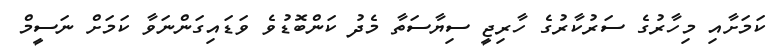
ކަމަށާއި މިހާރުގެ ސަރުކާރުގެ ހާރިޖީ ސިޔާސަތާ މެދު ކަންބޮޑުވެ ވަޑައިގަންނަވާ ކަމަށް ނަސީމް